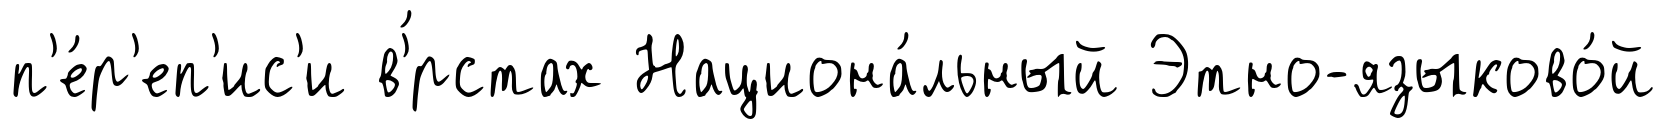
п'е́р'еп'ис'и в'́рстах Национа́льный Этно-языково́й